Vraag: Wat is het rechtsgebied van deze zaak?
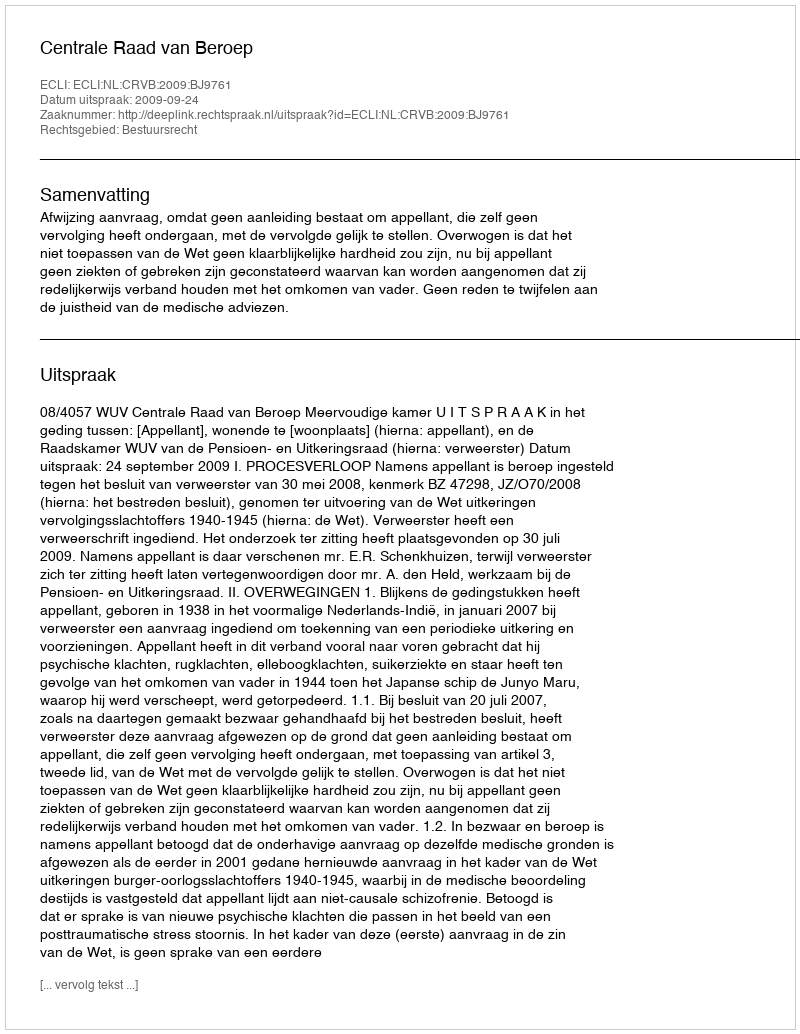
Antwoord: Bestuursrecht